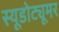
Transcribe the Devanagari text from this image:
स्यूडोट्यूमर